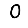
Digit: 0